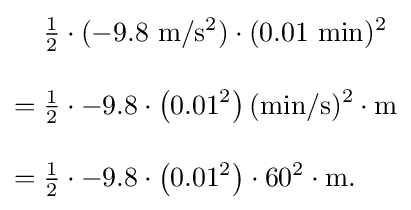
{\begin{aligned}&{\tfrac {1}{2}}\cdot (\mathrm {-9.8~m/s^{2}} )\cdot (\mathrm {0.01~min} )^{2}\\[10pt]={}&{\tfrac {1}{2}}\cdot -9.8\cdot \left(0.01^{2}\right)(\mathrm {min/s} )^{2}\cdot \mathrm {m} \\[10pt]={}&{\tfrac {1}{2}}\cdot -9.8\cdot \left(0.01^{2}\right)\cdot 60^{2}\cdot \mathrm {m} .\end{aligned}}